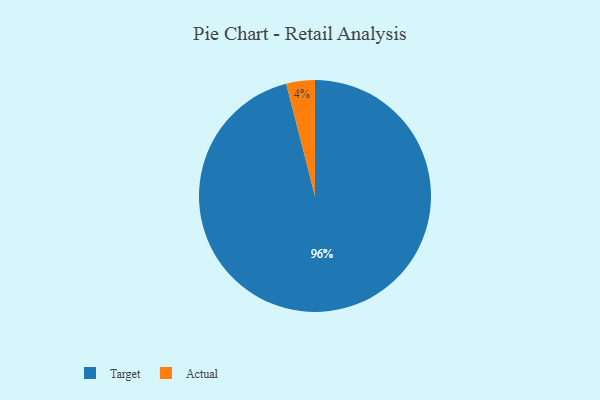
{"axis": {"x": "Category", "y": "Percentage"}, "legend": ["Actual", "Target"], "data": [{"x": "Actual", "y": 4, "type": "Actual"}, {"x": "Target", "y": 96, "type": "Target"}]}